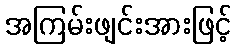
အကြမ်းဖျင်းအားဖြင့်